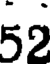
52